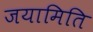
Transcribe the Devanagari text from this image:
जयामिति